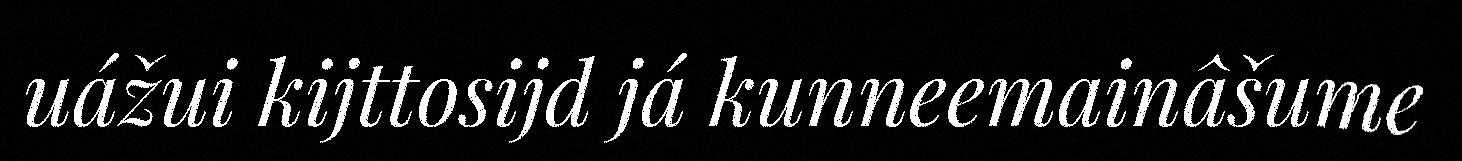
uážui kijttosijd já kunneemainâšume